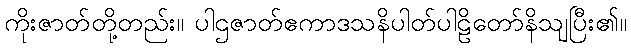
ကိုးဇာတ်တို့တည်း။ ပါဌဇာတ်ဧကာဒသနိပါတ်ပါဠိတော်နိသျပြီး၏။